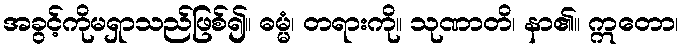
အခွင့်ကိုမရှာသည်ဖြစ်၍။ ဓမ္မံ၊ တရားကို။ သုဏာတိ၊ နာ၏။ ဣတော၊